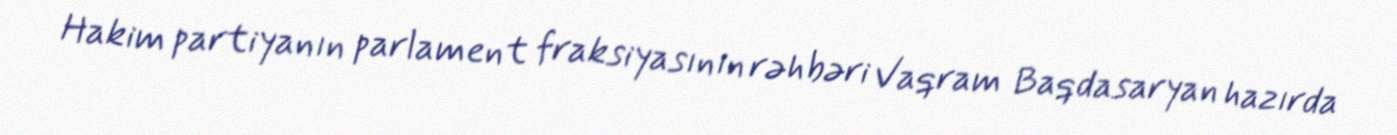
Hakim partiyanın parlament fraksiyasının rəhbəri Vaqram Baqdasaryan hazırda